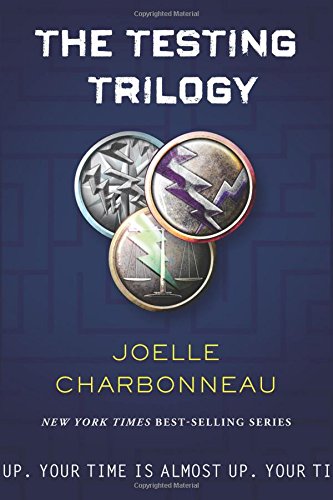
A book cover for The Testing Trilogy Complete Box Set; Joelle Charbonneau; Teen & Young Adult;